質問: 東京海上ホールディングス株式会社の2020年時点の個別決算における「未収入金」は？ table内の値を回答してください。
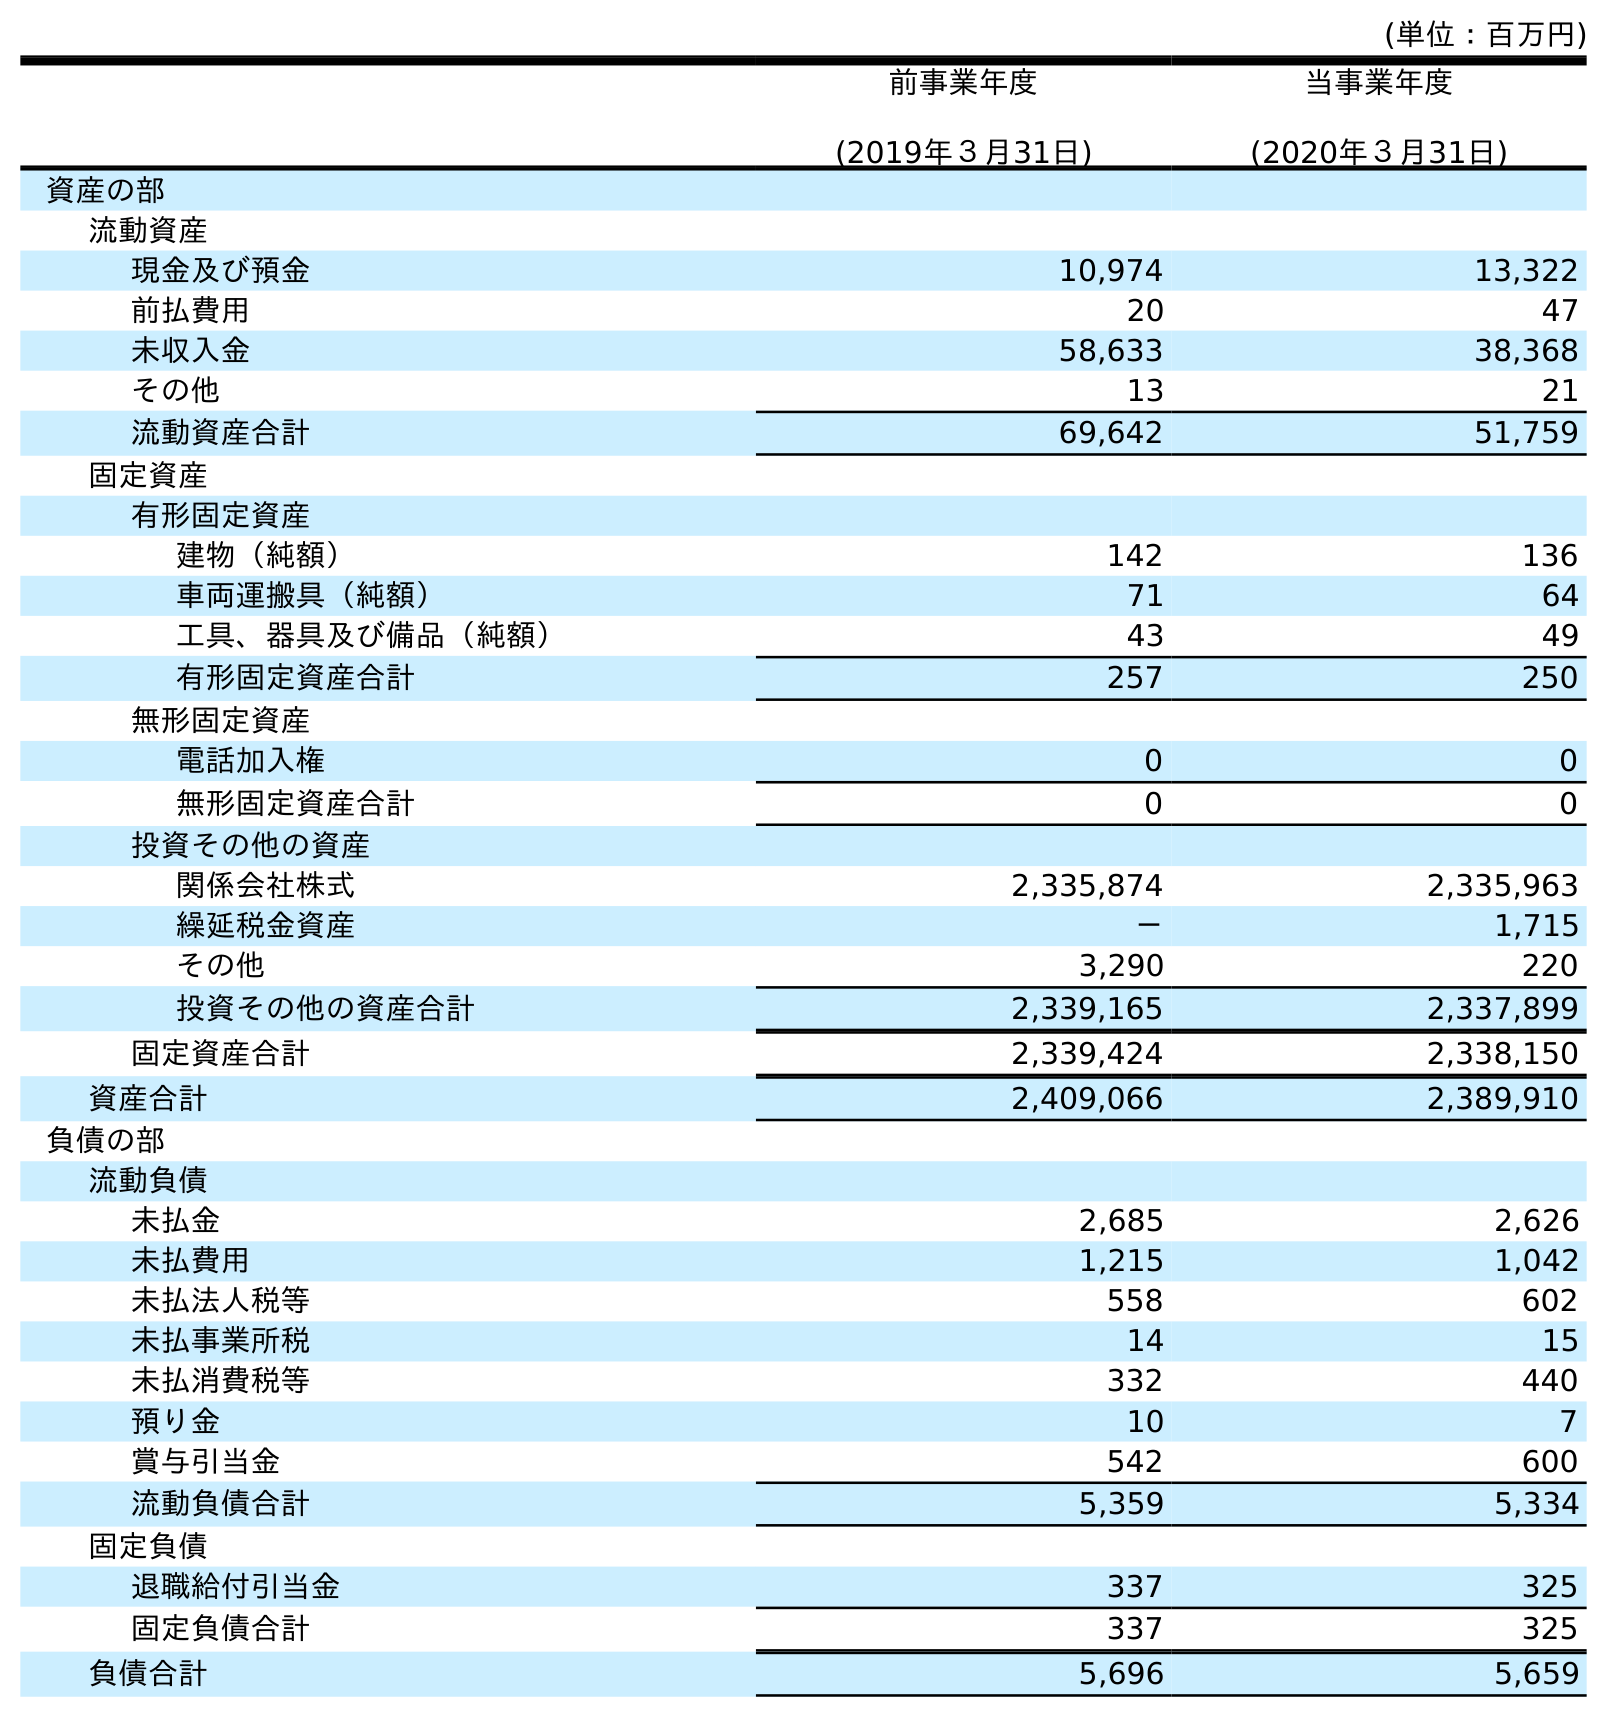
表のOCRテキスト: (単位：百万円) 前事業年度 (2019年３月31日) 当事業年度 (2020年３月31日) 資産の部 流動資産 現金及び預金 10,974 13,322 前払費用 20 47 未収入金 58,633 38,368 その他 13 21 流動資産合計 69,642 51,759 固定資産 有形固定資産 建物（純額） 142 136 車両運搬具（純額） 71 64 工具、器具及び備品（純額） 43 49 有形固定資産合計 257 250 無形固定資産 電話加入権 0 0 無形固定資産合計 0 0 投資その他の資産 関係会社株式 2,335,874 2,335,963 繰延税金資産 － 1,715 その他 3,290 220 投資その他の資産合計 2,339,165 2,337,899 固定資産合計 2,339,424 2,338,150 資産合計 2,409,066 2,389,910 負債の部 流動負債 未払金 2,685 2,626 未払費用 1,215 1,042 未払法人税等 558 602 未払事業所税 14 15 未払消費税等 332 440 預り金 10 7 賞与引当金 542 600 流動負債合計 5,359 5,334 固定負債 退職給付引当金 337 325 固定負債合計 337 325 負債合計 5,696 5,659
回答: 38,368